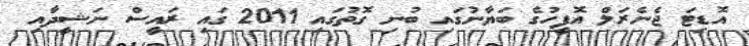
އޮޑިޓަ ޖެނެރަލް އޮފީހުގެ ބަޔާނުގައި ބުނި ގޮތުގައި 2011 ގައި ރައީސް ނަޝީދާއި